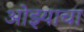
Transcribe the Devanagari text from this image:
ओझ्याचा